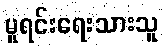
မူရင်းရေးသားသူ